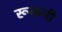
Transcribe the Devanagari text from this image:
रूकनी